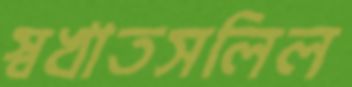
স্বখাতসলিল